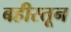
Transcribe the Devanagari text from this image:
बहीस्तून